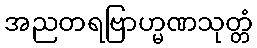
အညတရဗြာဟ္မဏသုတ္တံ